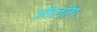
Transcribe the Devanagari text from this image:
जीलाँग